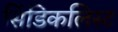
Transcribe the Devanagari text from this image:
सिंडिकलिस्ट